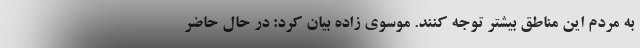
به مردم این مناطق بیشتر توجه کنند. موسوی زاده بیان کرد: در حال حاضر